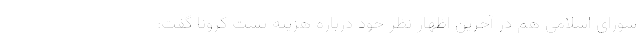
شورای اسلامی هم در آخرین اظهار نظر خود درباره هزینه تست کرونا گفت: